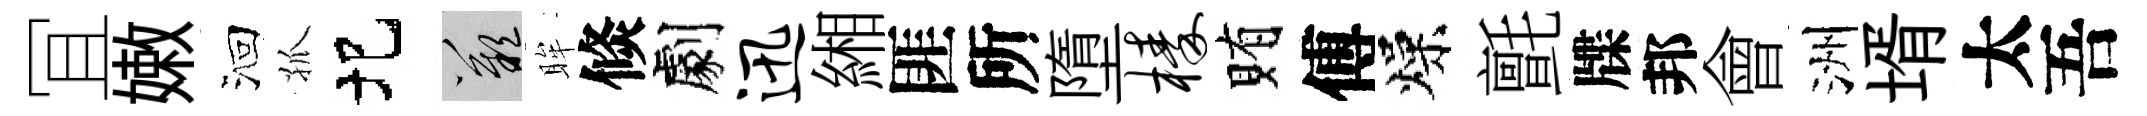
冝嫩洄孤圯嘆眸倐劇迅緗匪所墮榛賄傅燥氈牒邦會洲壻太吾